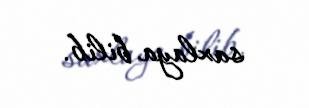
saxlaya bilib.